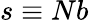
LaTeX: s\equiv Nb